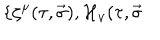
\{ \zeta ^ { \mu } ( \tau , \vec { \sigma } ) , { \cal H } _ { \nu } ( \tau , \vec { \sigma }